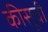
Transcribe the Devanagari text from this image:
कीसूची